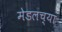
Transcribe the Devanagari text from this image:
मेडलच्या